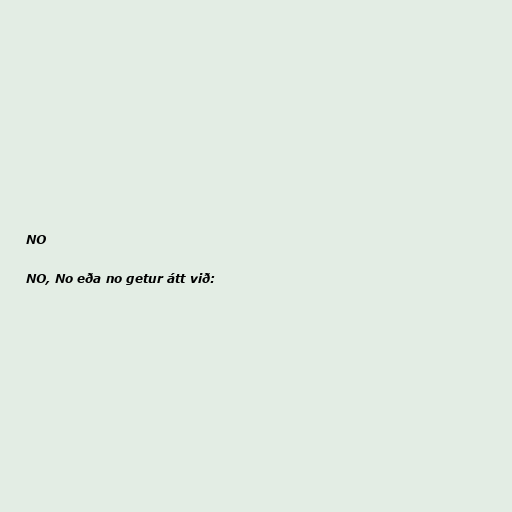
NO

NO, No eða no getur átt við: